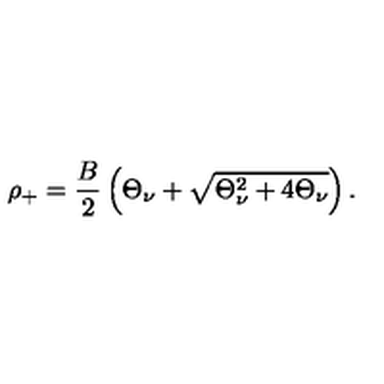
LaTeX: \rho _ { + } = \frac { B } { 2 } \left( \Theta _ { \nu } + \sqrt { \Theta _ { \nu } ^ { 2 } + 4 \Theta _ { \nu } } \right) .